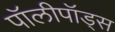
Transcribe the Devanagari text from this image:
पॉलीपॉड्स